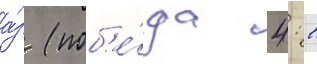
а́з (поб'е́да 4: 1